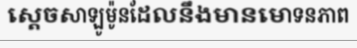
ស្តេចសាឡូម៉ូនដែលនឹងមានមោទនភាព